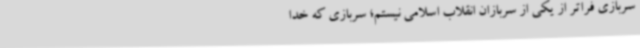
سربازی فراتر از یکی از سربازان انقلاب اسلامی نیستم؛ سربازی که خدا